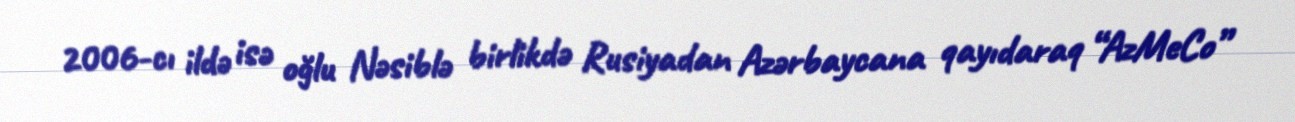
2006-cı ildə isə oğlu Nəsiblə birlikdə Rusiyadan Azərbaycana qayıdaraq “AzMeCo”